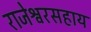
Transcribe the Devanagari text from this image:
राजेश्वरसहाय